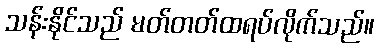
သန်းနိုင်သည် မတ်တတ်ထရပ်လိုက်သည်။